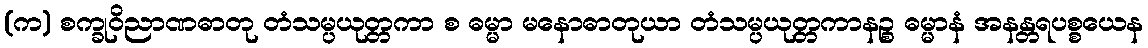
(က) စက္ခုဝိညာဏဓာတု တံသမ္ပယုတ္တကာ စ ဓမ္မာ မနောဓာတုယာ တံသမ္ပယုတ္တကာနဉ္စ ဓမ္မာနံ အနန္တရပစ္စယေန